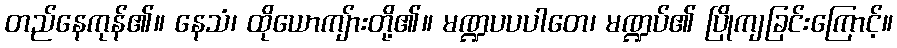
တည်နေကုန်၏။ နေသံ၊ ထိုယောကျ်ားတို့၏။ မဏ္ဍပပပါတေ၊ မဏ္ဍပ်၏ ပြိုကျခြင်းကြောင့်။